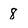
Character: 8